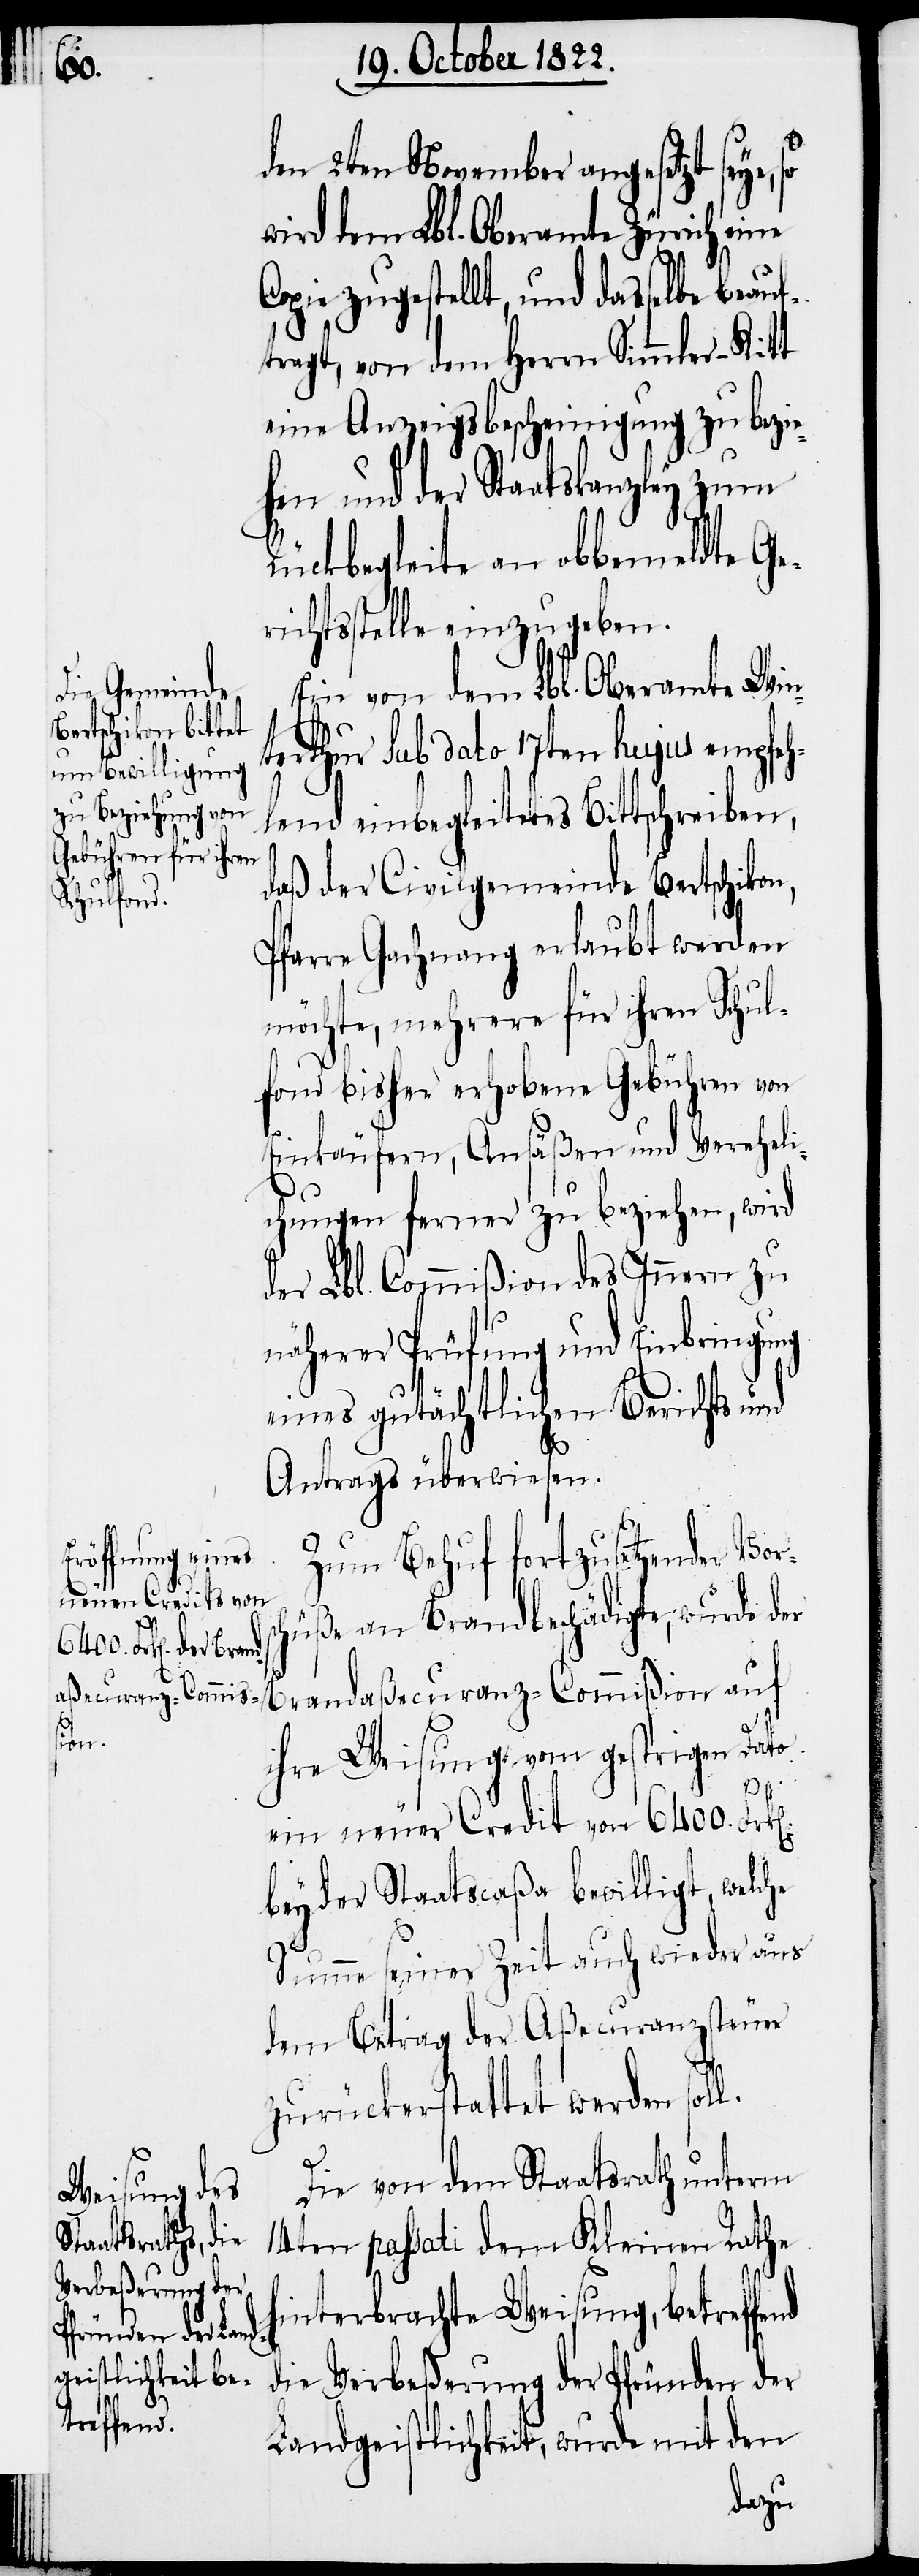
den 2ten November angesetzt seye,
wird dem Lbl. Oberamte Zürich eine
Copie zugestellt, und dasselbe beau¬
tragt, von dem Herrn Simmler-Kitt
eine Anzeigsbescheinigung zu bezie¬
hen und der Staatskanzley zum
Rückbegleite an obbemeldte Ge¬
richtsstelle einzugeben.
Ein von dem Lbl. Oberamte Win¬
terthur sub dato 17ten hujus empfeh¬
lend einbegleitetes Bittschreiben,
daß der Civilgemeinde Bertschikon,
Pfarre Gachnang erlaubt werden
möchte, mehrere für ihren Schul¬
fond bisher erhobene Gebühren von
Einkäufern, Ansäßen und Vereheli¬
chungen ferner zu beziehen, wird
der Lbl. Commißion des Innern zu
näherer Prüfung und Einbringung
eines gutächtlichen Berichts und
Antrags überwiesen.
Zum Behuf fortzusetzender Vors¬
chüße an Brandbeschädigte, wurde der
ihre Weisung vom gestrigen Dato
ein neuer Credit von 6400. Fr¬
bey der Staatscaßa bewilligt, welche
Summe seiner Zeit auch wieder aus
dem Betrag der Aßecuranzsteuer
zurückerstattet werden sol¬
l.
Die von dem Staatsrath unterm
14ten passati dem Kleinen Rathe
h¬
interbrachte Weisung, betreffend
die Verbeßerung der Pfründen der
Landgeistlichkeit, wurde mit den
auf